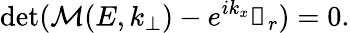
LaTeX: \operatorname*{det}(\mathcal{M}(E,k_{\bot})-e^{ik_{x}}\mathbb{1}_{r})=0.